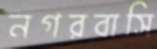
নগরবাসি